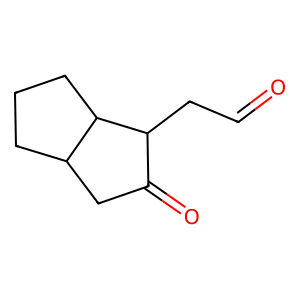
SMILES: O=CCC1C(=O)CC2CCCC21
Inhibits HIV replication: No